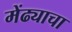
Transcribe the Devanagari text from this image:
मेंढ्याचा